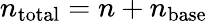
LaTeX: n_{\mathrm{total}}=n+n_{\mathrm{base}}